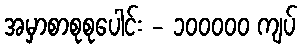
အမှာစာစုစုပေါင်း - ၁၀၀၀၀၀ ကျပ်